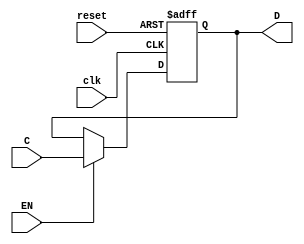
module FFD(input wire clk, EN, reset, input wire C, output reg D);
  always @ (posedge clk, posedge reset) begin

  if(reset)
    D <= 1'b0;

  else if(EN == 1)
    D <= C;
  end
endmodule


module FFD2(input wire clk, EN, reset, input wire [1:0]C, output [1:0]D);
  FFD A1(clk, EN, reset, C[0], D[0]);
  FFD A2(clk, EN, reset, C[1], D[1]);
endmodule


module FFD4(input wire clk, EN, reset, input wire [3:0]C, output [3:0]D);
  FFD2 B1(clk, EN, reset, C[3:2], D[3:2]);
  FFD2 B2(clk, EN, reset, C[1:0], D[1:0]);
endmodule